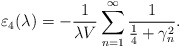
\begin{align*}\varepsilon_{4}(\lambda)=-\frac{1}{\lambda V}\sum_{n=1}^{\infty}\frac{1}{\frac{1}{4}+\gamma_n^{2}}.\end{align*}